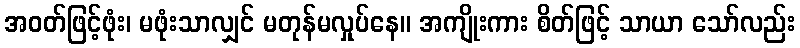
အဝတ်ဖြင့်ဖုံး၊ မဖုံးသာလျှင် မတုန်မလှုပ်နေ။ အကျိုးကား စိတ်ဖြင့် သာယာ သော်လည်း